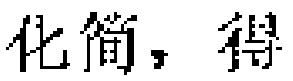
化简，得